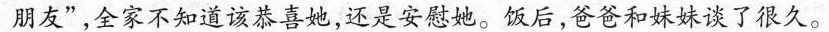
朋友”，全家不知道该恭喜她，还是安慰她。饭后，爸爸和妹妹谈了很久。